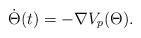
LaTeX: \begin{align*} {\dot \Theta}(t)=-\nabla V_p(\Theta).\end{align*}